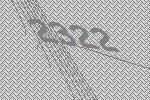
2322